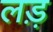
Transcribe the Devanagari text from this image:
लड़़